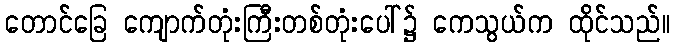
တောင်ခြေ ကျောက်တုံးကြီးတစ်တုံးပေါ်၌ ကေသွယ်က ထိုင်သည်။